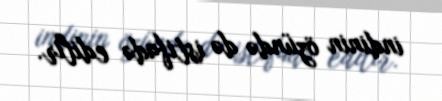
indinin özündə də istifadə edilir.